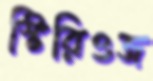
স্টিরিওজ